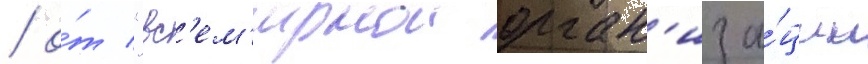
/ о́т "вс'ем'ирнои орган'иза́ции